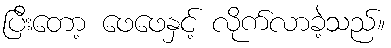
ပြီးတော့ ဖေဖေနှင့် လိုက်လာခဲ့သည်။